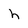
Character: h